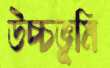
উচ্চভূমি